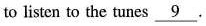
to listen to the tunes \underline{ 9 } .